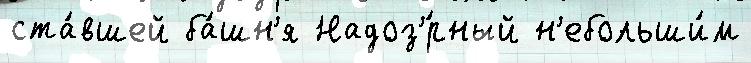
ста́вшей ба́шн'я Надоз'́рный н'ебольши́м